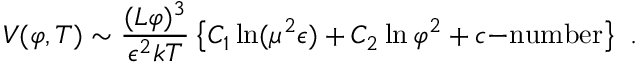
V ( \varphi , T ) \sim \frac { ( L \varphi ) ^ { 3 } } { \epsilon ^ { 2 } k T } \left\{ C _ { 1 } \ln ( \mu ^ { 2 } \epsilon ) + C _ { 2 } \ln \varphi ^ { 2 } + c \mathrm { - n u m b e r } \right\} \ .